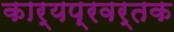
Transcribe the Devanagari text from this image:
कार्यप्रवर्तक